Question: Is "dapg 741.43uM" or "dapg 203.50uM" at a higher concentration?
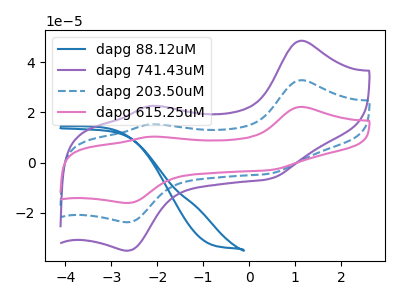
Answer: <think>The blue curve "dapg 88.12uM" has no peaks. The purple curve "dapg 741.43uM" has anodic peaks at (1.10V, 48.50uA) (-2.15V, 22.55uA) and cathodic peaks at (0.45V, -6.45uA) (-2.65V, -35.05uA). The blue dashed curve "dapg 203.50uM" has anodic peaks at (1.10V, 32.85uA) (-2.15V, 15.25uA) and cathodic peaks at (0.45V, -4.35uA) (-2.65V, -23.70uA). The pink curve "dapg 615.25uM" has anodic peaks at (1.10V, 65.65uA) (-2.15V, 30.50uA) and cathodic peaks at (0.45V, -8.75uA) (-2.65V, -47.45uA).
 All the peaks in "dapg 741.43uM" have a peak in "dapg 203.50uM" at the same potential. Every peak in "dapg 741.43uM" is higher than every peak in "dapg 203.50uM".</think>
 <answer>"dapg 741.43uM" has more signal than "dapg 203.50uM" and so likely has a higher concentration.</answer>
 <eval>more_concentration</eval>